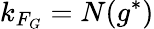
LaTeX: k_{F_{G}}=N(g^{*})